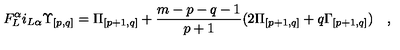
F _ { L } ^ { \alpha } i _ { L \alpha } { \Upsilon } _ { { [ p , q ] } } = { \Pi } _ { [ p + 1 , q ] } + { \frac { m - p - q - 1 } { p + 1 } } ( 2 { \Pi } _ { [ p + 1 , q ] } + q { \Gamma } _ { [ p + 1 , q ] } ) \quad ,